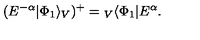
( E ^ { - \alpha } | \Phi _ { 1 } \rangle _ { V } ) ^ { + } = { } _ { V } \langle \Phi _ { 1 } | E ^ { \alpha } .